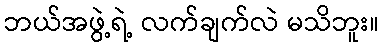
ဘယ်အဖွဲ့ရဲ့ လက်ချက်လဲ မသိဘူး။